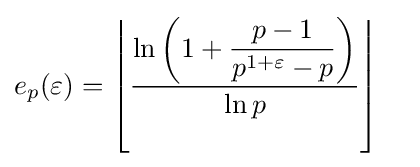
e_{p}(\varepsilon )=\left\lfloor {\frac {\ln \left(1+\displaystyle {\frac {p-1}{p^{1+\varepsilon }-p}}\right)}{\ln p}}\right\rfloor \quad